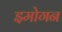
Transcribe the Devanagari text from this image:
इमोगन